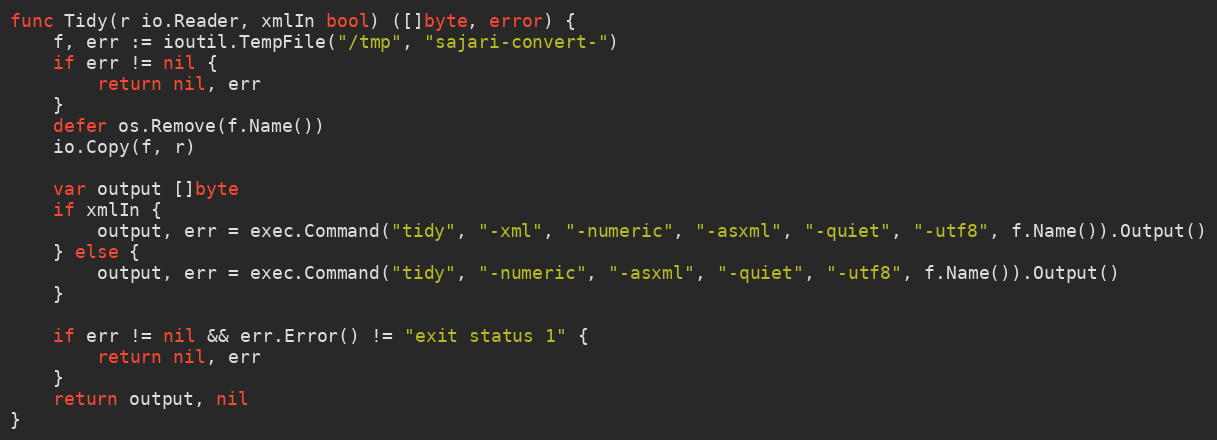
Language: Go
func Tidy(r io.Reader, xmlIn bool) ([]byte, error) {
	f, err := ioutil.TempFile("/tmp", "sajari-convert-")
	if err != nil {
		return nil, err
	}
	defer os.Remove(f.Name())
	io.Copy(f, r)

	var output []byte
	if xmlIn {
		output, err = exec.Command("tidy", "-xml", "-numeric", "-asxml", "-quiet", "-utf8", f.Name()).Output()
	} else {
		output, err = exec.Command("tidy", "-numeric", "-asxml", "-quiet", "-utf8", f.Name()).Output()
	}

	if err != nil && err.Error() != "exit status 1" {
		return nil, err
	}
	return output, nil
}